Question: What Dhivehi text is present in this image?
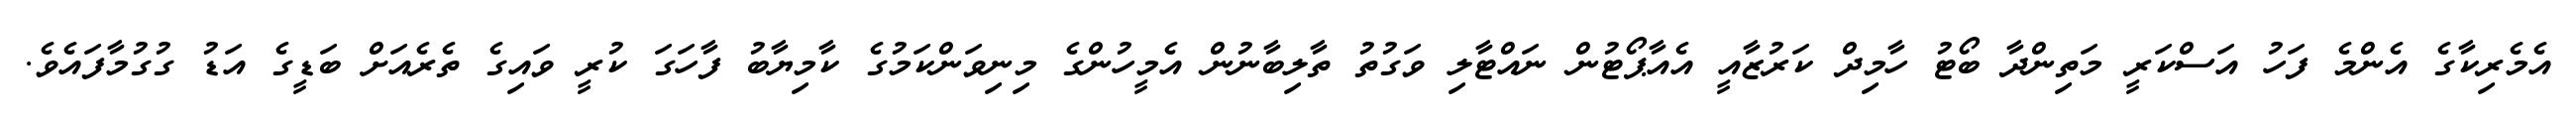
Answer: އެމެރިކާގެ އެންމެ ފަހު އަސްކަރީ މަތިންދާ ބޯޓު ހާމިދް ކަރުޒާއީ އެއާޕޯޓުން ނައްޓާލި ވަގުތު ތާލިބާނުން އެމީހުންގެ މިނިވަންކަމުގެ ކާމިޔާބު ފާހަގަ ކުރީ ވައިގެ ތެރެއަށް ބަޑީގެ އަޑު ގުގުމާފައެވެ.